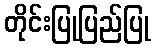
တိုင်းပြုပြည်ပြု